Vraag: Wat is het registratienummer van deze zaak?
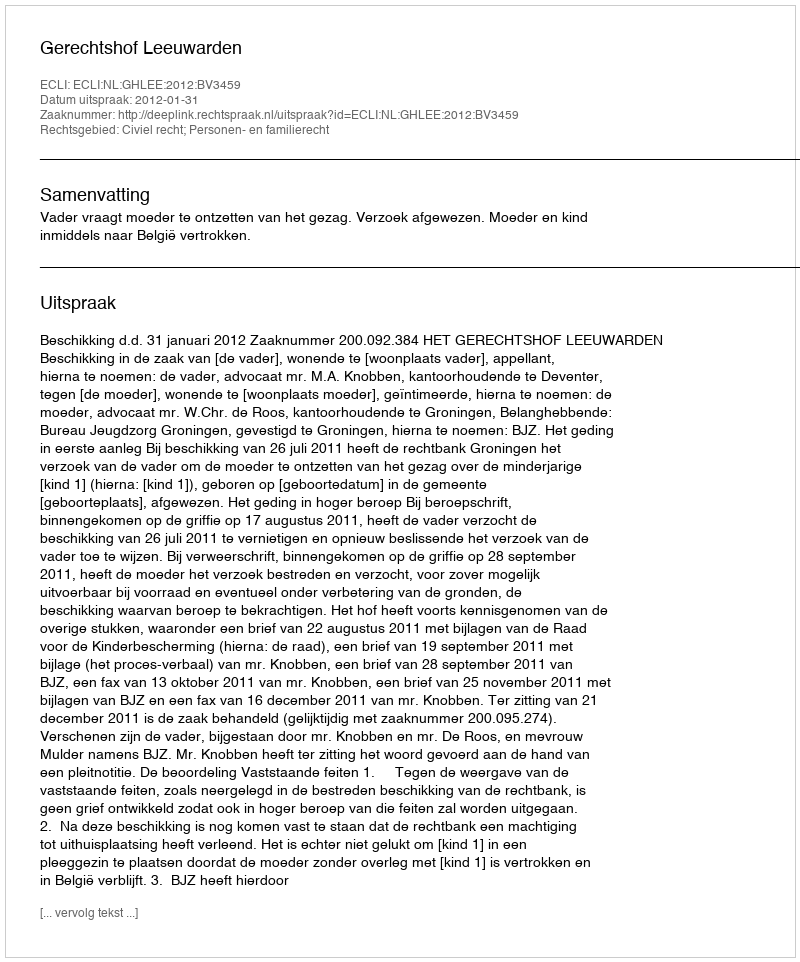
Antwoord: http://deeplink.rechtspraak.nl/uitspraak?id=ECLI:NL:GHLEE:2012:BV3459